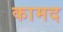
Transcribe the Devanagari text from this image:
कामद